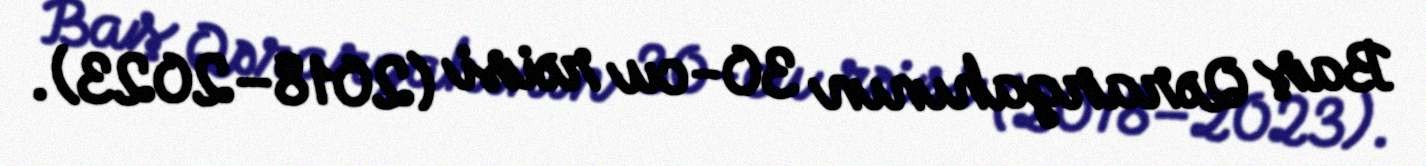
Baş Qərargahının 30-cu rəisi (2018–2023).